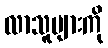
လာသူများကို